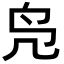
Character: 凫